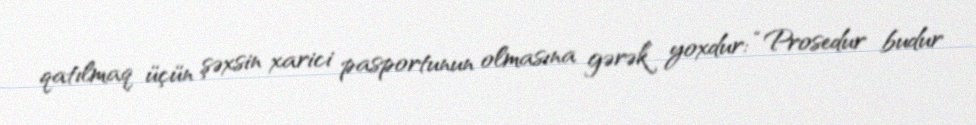
qatılmaq üçün şəxsin xarici pasportunun olmasına gərək yoxdur: “Prosedur budur